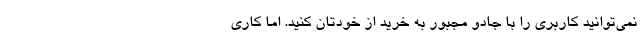
نمی‌توانید کاربری را با جادو مجبور به خرید از خودتان کنید. اما کاری